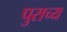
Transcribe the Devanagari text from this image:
पुराच्य